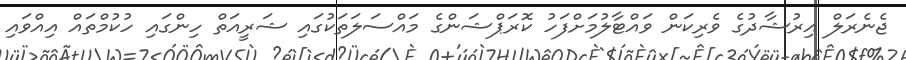
ޖެނެރަލް އިރުޝާދުގެ ވެރިކަން ވައްޓާލުމަށްފަހު ކޮރަޕްޝަންގެ މައްސަލަތަކުގައި ޝަރީއަތް ހިންގައި ހުކުމްތައް އިއްވައި